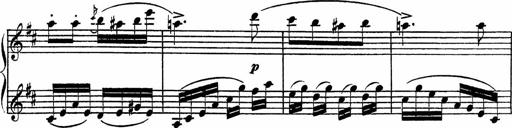
Title: Piano Sonatinas
Composer: Charles Fradel